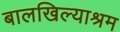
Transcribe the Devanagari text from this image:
बालखिल्याश्रम